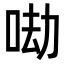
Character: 𠲵